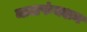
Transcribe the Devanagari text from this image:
मालफंक्शन